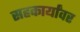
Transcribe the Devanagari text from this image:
सहकार्यांवर